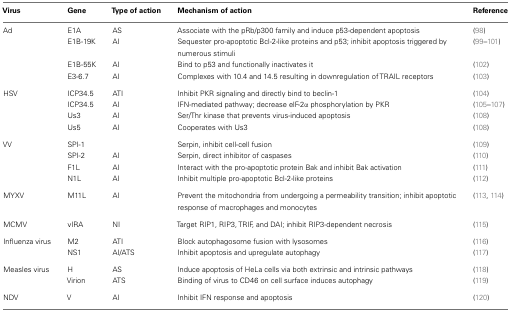
| Virus | Gene | Type of action | Mechanism of action | Reference |
 | --- | --- | --- | --- | --- |
 | Ad | E1A | AS | Associate with the pRb/p300 family and induce p53-dependent apoptosis | (98) |
 |  | E1B-19K | AI | Sequester pro-apoptotic Bcl-2-like proteins and p53; inhibit apoptosis triggered by numerous stimuli | (99–101) |
 |  | E1B-55K | AI | Bind to p53 and functionally inactivates it | (102) |
 |  | E3-6.7 | AI | Complexes with 10.4 and 14.5 resulting in downregulation of TRAIL receptors | (103) |
 | HSV | ICP34.5 | ATI | Inhibit PKR signaling and directly bind to beclin-1 | (104) |
 |  | ICP34.5 | AI | IFN-mediated pathway; decrease elF-2α phosphorylation by PKR | (105–107) |
 |  | Us3 | AI | Ser/Thr kinase that prevents virus-induced apoptosis | (108) |
 |  | Us5 | AI | Cooperates with Us3 | (108) |
 | VV | SPI-1 |  | Serpin, inhibit cell-cell fusion | (109) |
 |  | SPI-2 | AI | Serpin, direct inhibitor of caspases | (110) |
 |  | F1L | AI | Interact with the pro-apoptotic protein Bak and inhibit Bak activation | (111) |
 |  | N1L | AI | Inhibit multiple pro-apoptotic Bcl-2-like proteins | (112) |
 | MYXV | M11L | AI | Prevent the mitochondria from undergoing a permeability transition; inhibit apoptotic response of macrophages and monocytes | (113, 114) |
 | MCMV | vIRA | NI | Target RIP1, RIP3, TRIF, and DAI; inhibit RIP3-dependent necrosis | (115) |
 | Influenza virus | M2 | ATI | Block autophagosome fusion with lysosomes | (116) |
 |  | NS1 | AI/ATS | Inhibit apoptosis and upregulate autophagy | (117) |
 | Measles virus | H | AS | Induce apoptosis of HeLa cells via both extrinsic and intrinsic pathways | (118) |
 |  | Virion | ATS | Binding of virus to CD46 on cell surface induces autophagy | (119) |
 | NDV | V | AI | Inhibit IFN response and apoptosis | (120) |